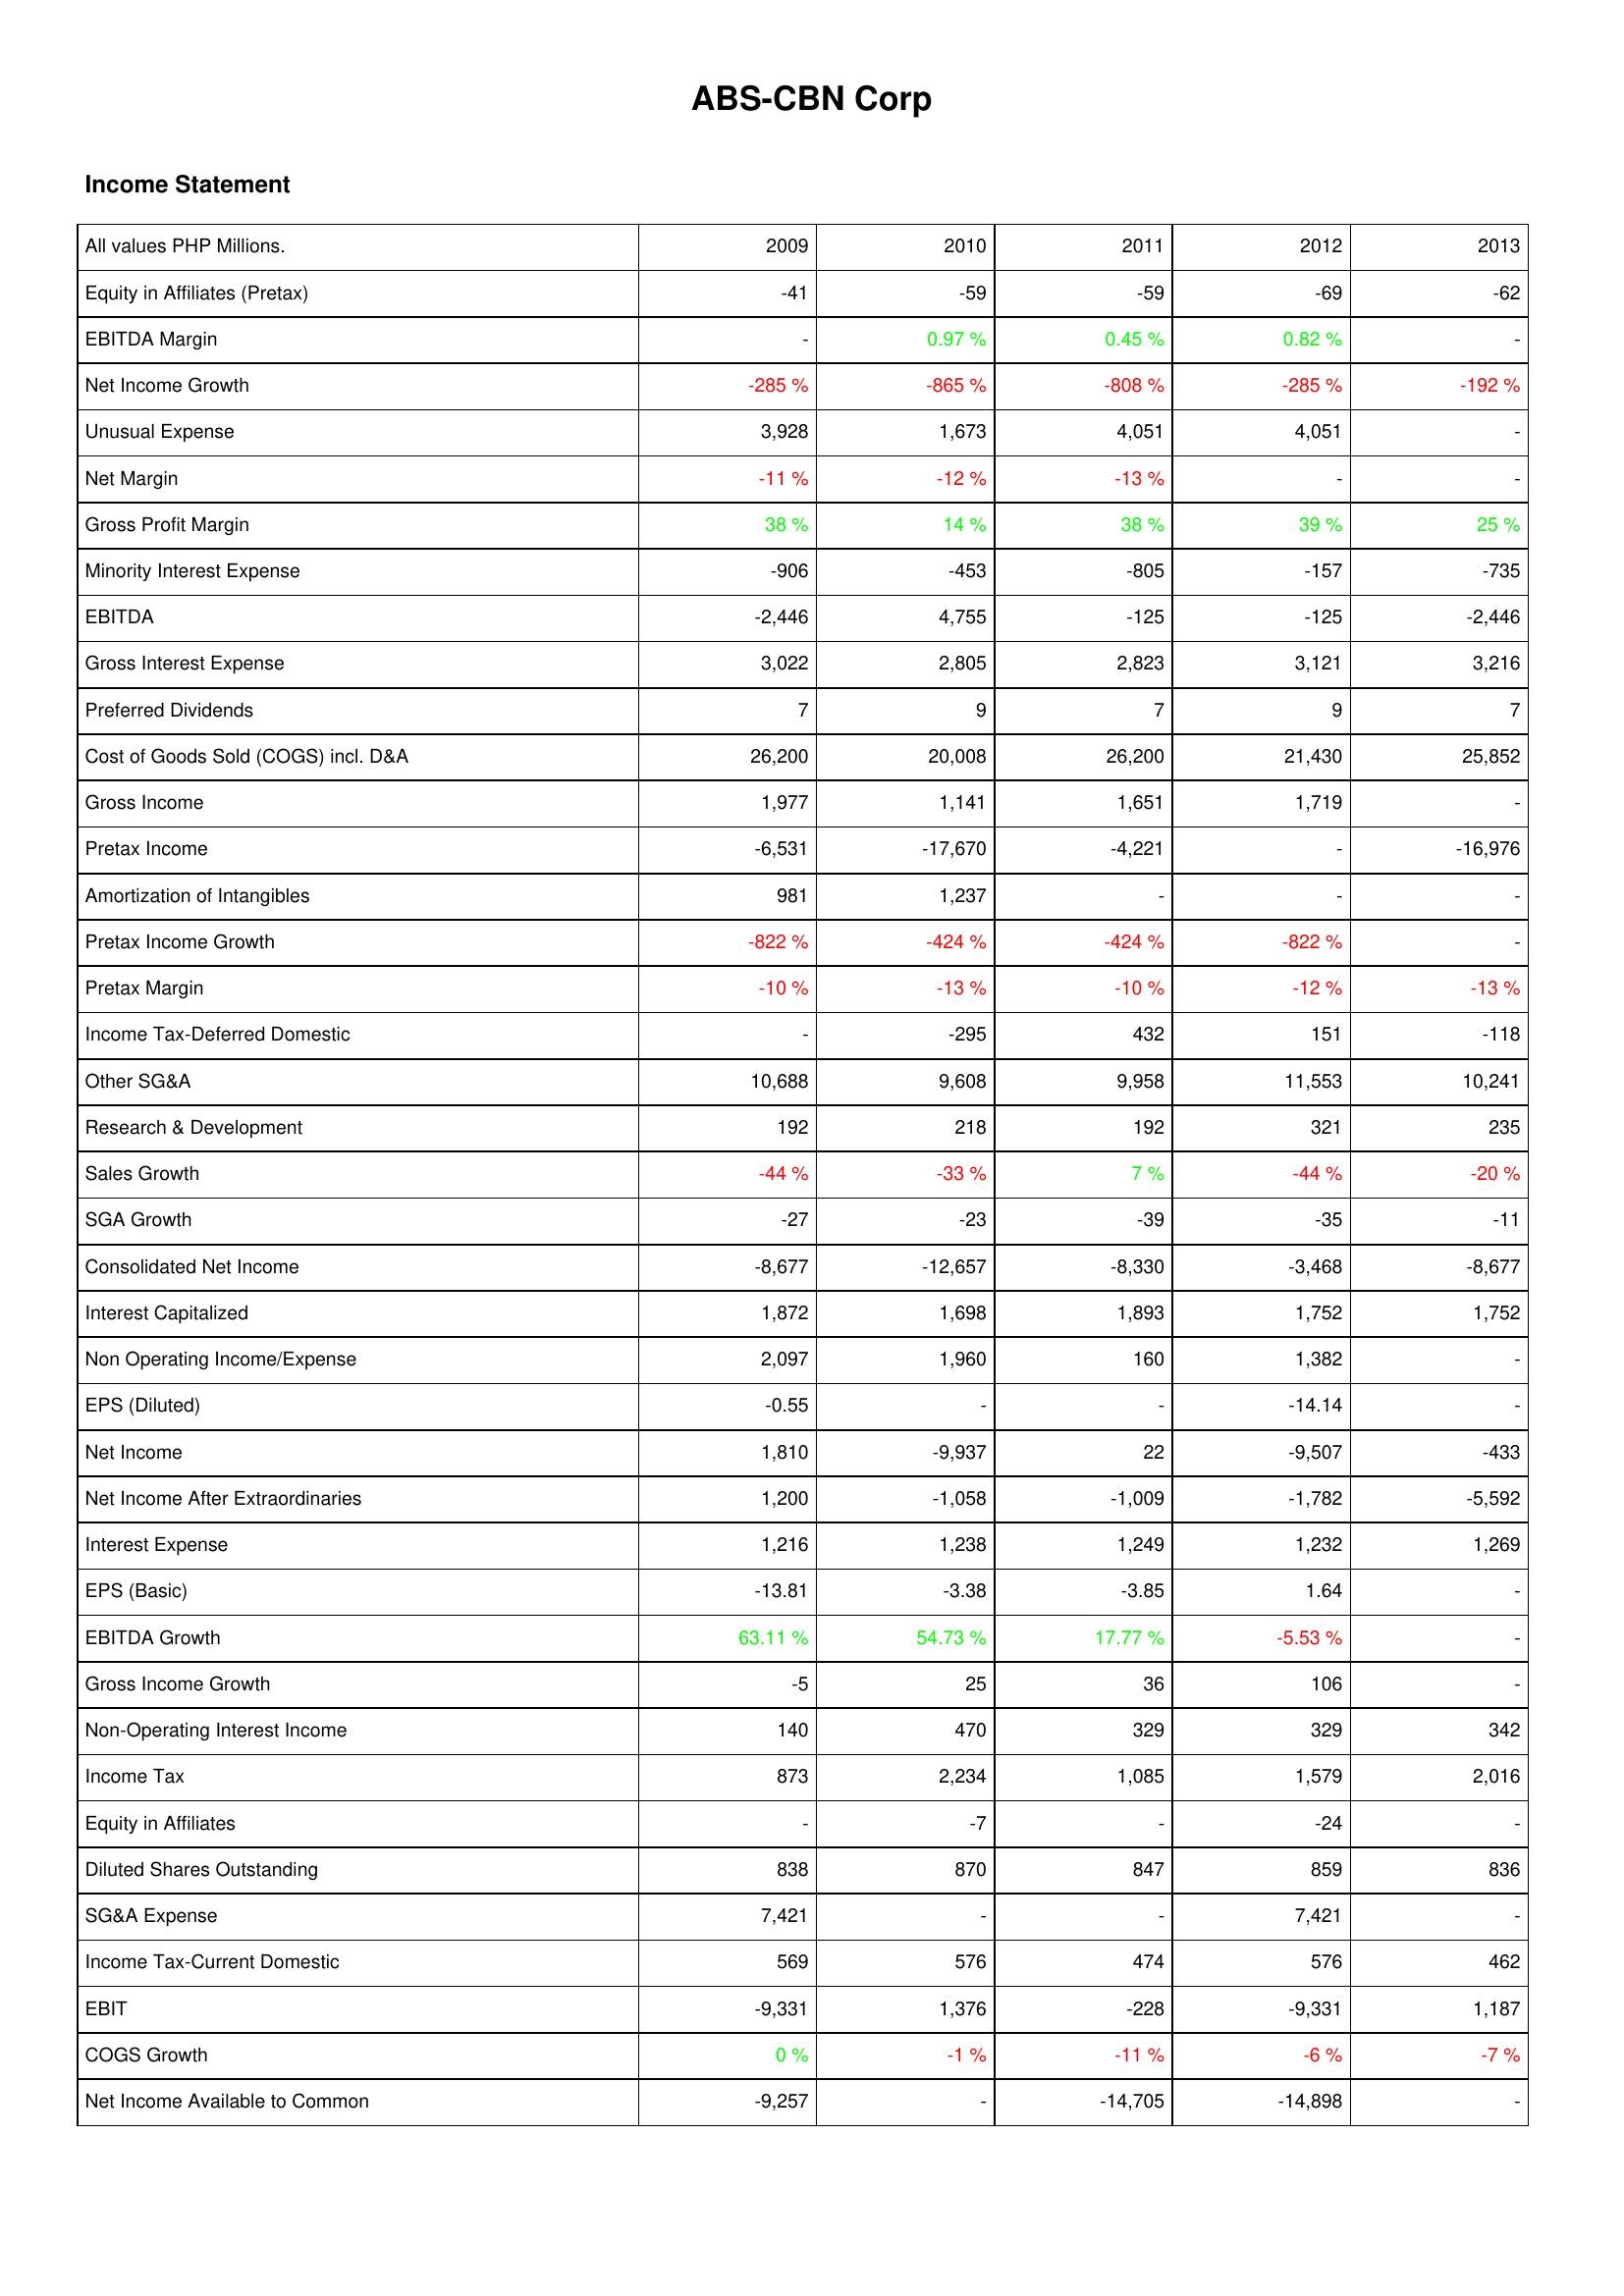
2009: Income Statement: Equity in Affiliates (Pretax): -41
EBITDA Margin: -
Net Income Growth: -285 %
Unusual Expense: 3,928
Net Margin: -11 %
Gross Profit Margin: 38 %
Minority Interest Expense: -906
EBITDA: -2,446
Gross Interest Expense: 3,022
Preferred Dividends: 7
Cost of Goods Sold (COGS) incl. D&A: 26,200
Gross Income: 1,977
Pretax Income: -6,531
Amortization of Intangibles: 981
Pretax Income Growth: -822 %
Pretax Margin: -10 %
Income Tax-Deferred Domestic: -
Other SG&A: 10,688
Research & Development: 192
Sales Growth: -44 %
SGA Growth: -27
Consolidated Net Income: -8,677
Interest Capitalized: 1,872
Non Operating Income/Expense: 2,097
EPS (Diluted): -0.55
Net Income: 1,810
Net Income After Extraordinaries: 1,200
Interest Expense: 1,216
EPS (Basic): -13.81
EBITDA Growth: 63.11 %
Gross Income Growth: -5
Non-Operating Interest Income: 140
Income Tax: 873
Equity in Affiliates: -
Diluted Shares Outstanding: 838
SG&A Expense: 7,421
Income Tax-Current Domestic: 569
EBIT: -9,331
COGS Growth: 0 %
Net Income Available to Common: -9,257
2010: Income Statement: Equity in Affiliates (Pretax): -59
EBITDA Margin: 0.97 %
Net Income Growth: -865 %
Unusual Expense: 1,673
Net Margin: -12 %
Gross Profit Margin: 14 %
Minority Interest Expense: -453
EBITDA: 4,755
Gross Interest Expense: 2,805
Preferred Dividends: 9
Cost of Goods Sold (COGS) incl. D&A: 20,008
Gross Income: 1,141
Pretax Income: -17,670
Amortization of Intangibles: 1,237
Pretax Income Growth: -424 %
Pretax Margin: -13 %
Income Tax-Deferred Domestic: -295
Other SG&A: 9,608
Research & Development: 218
Sales Growth: -33 %
SGA Growth: -23
Consolidated Net Income: -12,657
Interest Capitalized: 1,698
Non Operating Income/Expense: 1,960
EPS (Diluted): -
Net Income: -9,937
Net Income After Extraordinaries: -1,058
Interest Expense: 1,238
EPS (Basic): -3.38
EBITDA Growth: 54.73 %
Gross Income Growth: 25
Non-Operating Interest Income: 470
Income Tax: 2,234
Equity in Affiliates: -7
Diluted Shares Outstanding: 870
SG&A Expense: -
Income Tax-Current Domestic: 576
EBIT: 1,376
COGS Growth: -1 %
Net Income Available to Common: -
2011: Income Statement: Equity in Affiliates (Pretax): -59
EBITDA Margin: 0.45 %
Net Income Growth: -808 %
Unusual Expense: 4,051
Net Margin: -13 %
Gross Profit Margin: 38 %
Minority Interest Expense: -805
EBITDA: -125
Gross Interest Expense: 2,823
Preferred Dividends: 7
Cost of Goods Sold (COGS) incl. D&A: 26,200
Gross Income: 1,651
Pretax Income: -4,221
Amortization of Intangibles: -
Pretax Income Growth: -424 %
Pretax Margin: -10 %
Income Tax-Deferred Domestic: 432
Other SG&A: 9,958
Research & Development: 192
Sales Growth: 7 %
SGA Growth: -39
Consolidated Net Income: -8,330
Interest Capitalized: 1,893
Non Operating Income/Expense: 160
EPS (Diluted): -
Net Income: 22
Net Income After Extraordinaries: -1,009
Interest Expense: 1,249
EPS (Basic): -3.85
EBITDA Growth: 17.77 %
Gross Income Growth: 36
Non-Operating Interest Income: 329
Income Tax: 1,085
Equity in Affiliates: -
Diluted Shares Outstanding: 847
SG&A Expense: -
Income Tax-Current Domestic: 474
EBIT: -228
COGS Growth: -11 %
Net Income Available to Common: -14,705
2012: Income Statement: Equity in Affiliates (Pretax): -69
EBITDA Margin: 0.82 %
Net Income Growth: -285 %
Unusual Expense: 4,051
Net Margin: -
Gross Profit Margin: 39 %
Minority Interest Expense: -157
EBITDA: -125
Gross Interest Expense: 3,121
Preferred Dividends: 9
Cost of Goods Sold (COGS) incl. D&A: 21,430
Gross Income: 1,719
Pretax Income: -
Amortization of Intangibles: -
Pretax Income Growth: -822 %
Pretax Margin: -12 %
Income Tax-Deferred Domestic: 151
Other SG&A: 11,553
Research & Development: 321
Sales Growth: -44 %
SGA Growth: -35
Consolidated Net Income: -3,468
Interest Capitalized: 1,752
Non Operating Income/Expense: 1,382
EPS (Diluted): -14.14
Net Income: -9,507
Net Income After Extraordinaries: -1,782
Interest Expense: 1,232
EPS (Basic): 1.64
EBITDA Growth: -5.53 %
Gross Income Growth: 106
Non-Operating Interest Income: 329
Income Tax: 1,579
Equity in Affiliates: -24
Diluted Shares Outstanding: 859
SG&A Expense: 7,421
Income Tax-Current Domestic: 576
EBIT: -9,331
COGS Growth: -6 %
Net Income Available to Common: -14,898
2013: Income Statement: Equity in Affiliates (Pretax): -62
EBITDA Margin: -
Net Income Growth: -192 %
Unusual Expense: -
Net Margin: -
Gross Profit Margin: 25 %
Minority Interest Expense: -735
EBITDA: -2,446
Gross Interest Expense: 3,216
Preferred Dividends: 7
Cost of Goods Sold (COGS) incl. D&A: 25,852
Gross Income: -
Pretax Income: -16,976
Amortization of Intangibles: -
Pretax Income Growth: -
Pretax Margin: -13 %
Income Tax-Deferred Domestic: -118
Other SG&A: 10,241
Research & Development: 235
Sales Growth: -20 %
SGA Growth: -11
Consolidated Net Income: -8,677
Interest Capitalized: 1,752
Non Operating Income/Expense: -
EPS (Diluted): -
Net Income: -433
Net Income After Extraordinaries: -5,592
Interest Expense: 1,269
EPS (Basic): -
EBITDA Growth: -
Gross Income Growth: -
Non-Operating Interest Income: 342
Income Tax: 2,016
Equity in Affiliates: -
Diluted Shares Outstanding: 836
SG&A Expense: -
Income Tax-Current Domestic: 462
EBIT: 1,187
COGS Growth: -7 %
Net Income Available to Common: -